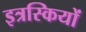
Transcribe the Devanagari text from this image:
इत्रस्कियों